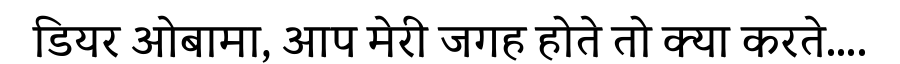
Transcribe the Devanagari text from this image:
डियर ओबामा, आप मेरी जगह होते तो क्या करते....